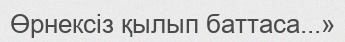
Өрнексіз қылып баттаса...»